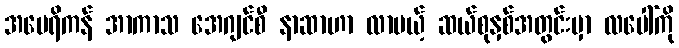
အမေရိကန် အာကာသ အေဂျင်စီ နာဆာဟာ လာမယ့် ဆယ်စုနှစ်အတွင်းမှာ လပေါ်ကို